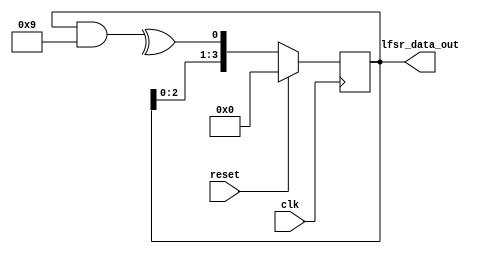
module lfsr
#(
    parameter integer DATA_WIDTH = 4,
    parameter integer INIT_DATA  = 0,
    parameter         POLYNOMIAL = 4'h9
)(
    input  wire                 clk,
    input  wire                 reset,
    output reg [DATA_WIDTH-1:0] lfsr_data_out
);

    wire feedback = ^(lfsr_data_out & POLYNOMIAL);

    always @(posedge clk)
        if (reset)
            lfsr_data_out <= INIT_DATA;
        else
            lfsr_data_out <= {lfsr_data_out[DATA_WIDTH-2:0], feedback};
endmodule